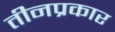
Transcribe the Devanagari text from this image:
तीनप्रकार